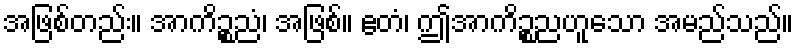
အဖြစ်တည်း။ အာကိဉ္စညံ၊ အဖြစ်။ ဧတံ၊ ဤအာကိဉ္စညဟူသော အမည်သည်။